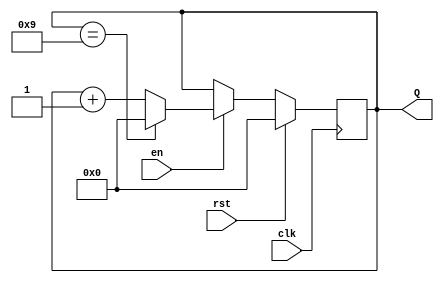
module BCD_Counter (
    input wire clk,          // Clock input
    input wire rst,          // Reset input (active high)
    input wire en,           // Enable input (active high)
    output reg [3:0] Q       // 4-bit output for the current count
);

// Always block triggered on the rising edge of the clock
always @(posedge clk) begin
    if (rst) begin
        // If reset is high, set count to 0000
        Q <= 4'b0000;
    end else if (en) begin
        // If enabled, increment the count
        if (Q == 4'b1001) begin
            // If count is 9 (1001), reset to 0000
            Q <= 4'b0000;
        end else begin
            // Increment count
            Q <= Q + 1;
        end
    end
end

endmodule